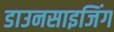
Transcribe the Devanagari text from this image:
डाउनसाइजिंग